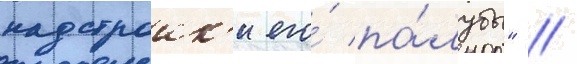
надстроик'и его́ па́лубы" //